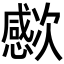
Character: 𣤮